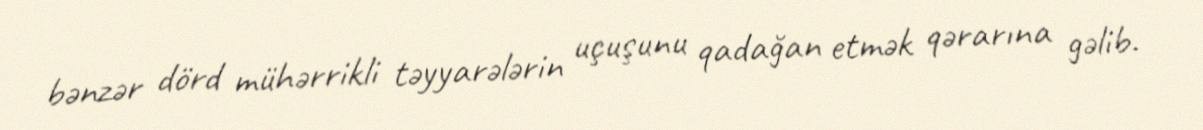
bənzər dörd mühərrikli təyyarələrin uçuşunu qadağan etmək qərarına gəlib.